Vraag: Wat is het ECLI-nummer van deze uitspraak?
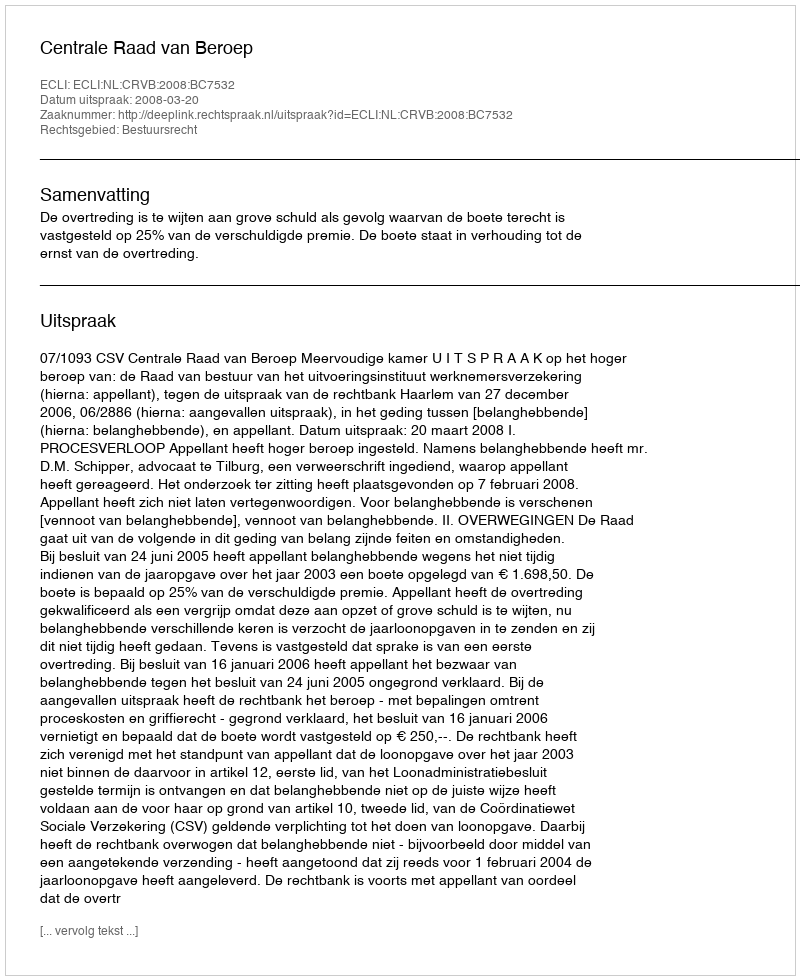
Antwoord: ECLI:NL:CRVB:2008:BC7532